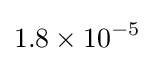
1.8\times 10^{-5}